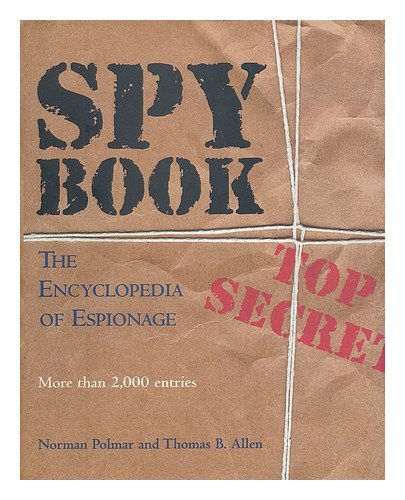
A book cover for Spy Book: The Encyclopedia of Espionage; Norman Polmar; History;